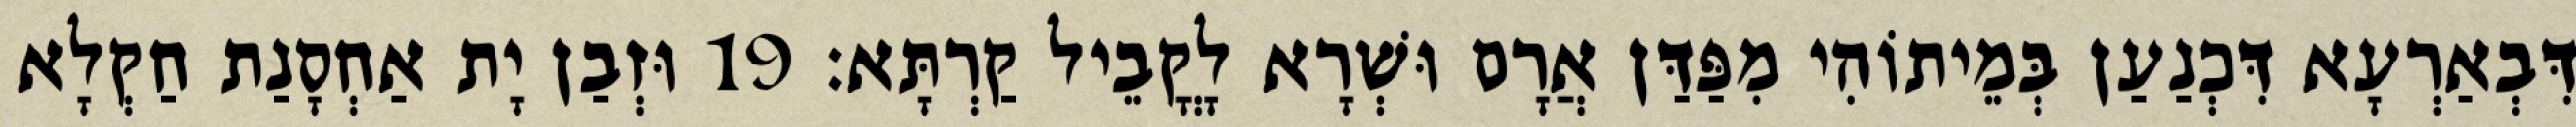
דִּבְאַרְעָא דִּכְנַעַן בְּמֵיתוֹהִי מִפַּדַּן אֲרָם וּשְׁרָא לָקֳבֵיל קַרְתָּא׃ 19 וּזְבַן יָת אַחְסָנַת חַקְלָא